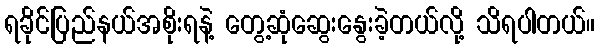
ရခိုင်ပြည်နယ်အစိုးရနဲ့ တွေ့ဆုံဆွေးနွေးခဲ့တယ်လို့ သိရပါတယ်။